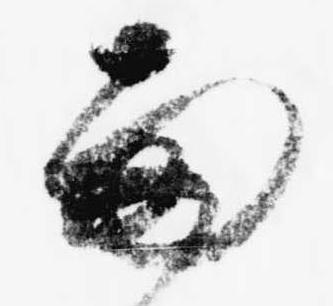
雨